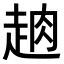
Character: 𧻣